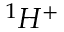
^ { 1 } H ^ { + }